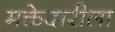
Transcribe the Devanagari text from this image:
मक्तेदारीला